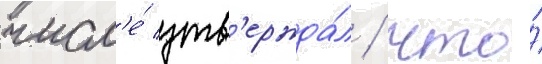
числ'е́ утв'ержда́л / что́